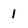
Character: 1